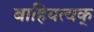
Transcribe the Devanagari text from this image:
बाहियत्वक्‌